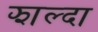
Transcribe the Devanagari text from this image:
झाल्दा